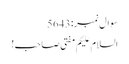
سوال نمبر:5643
السلام علیکم مفتی صاحب!